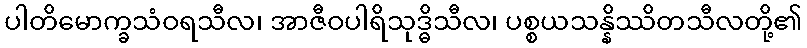
ပါတိမောက္ခသံဝရသီလ၊ အာဇီဝပါရိသုဒ္ဓိသီလ၊ ပစ္စယသန္နိဿိတသီလတို့၏